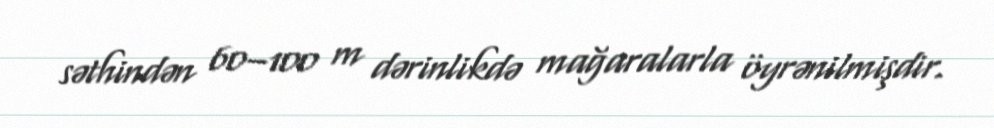
səthindən 60–100 m dərinlikdə mağaralarla öyrənilmişdir.